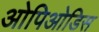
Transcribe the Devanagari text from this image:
ओपिओडिस